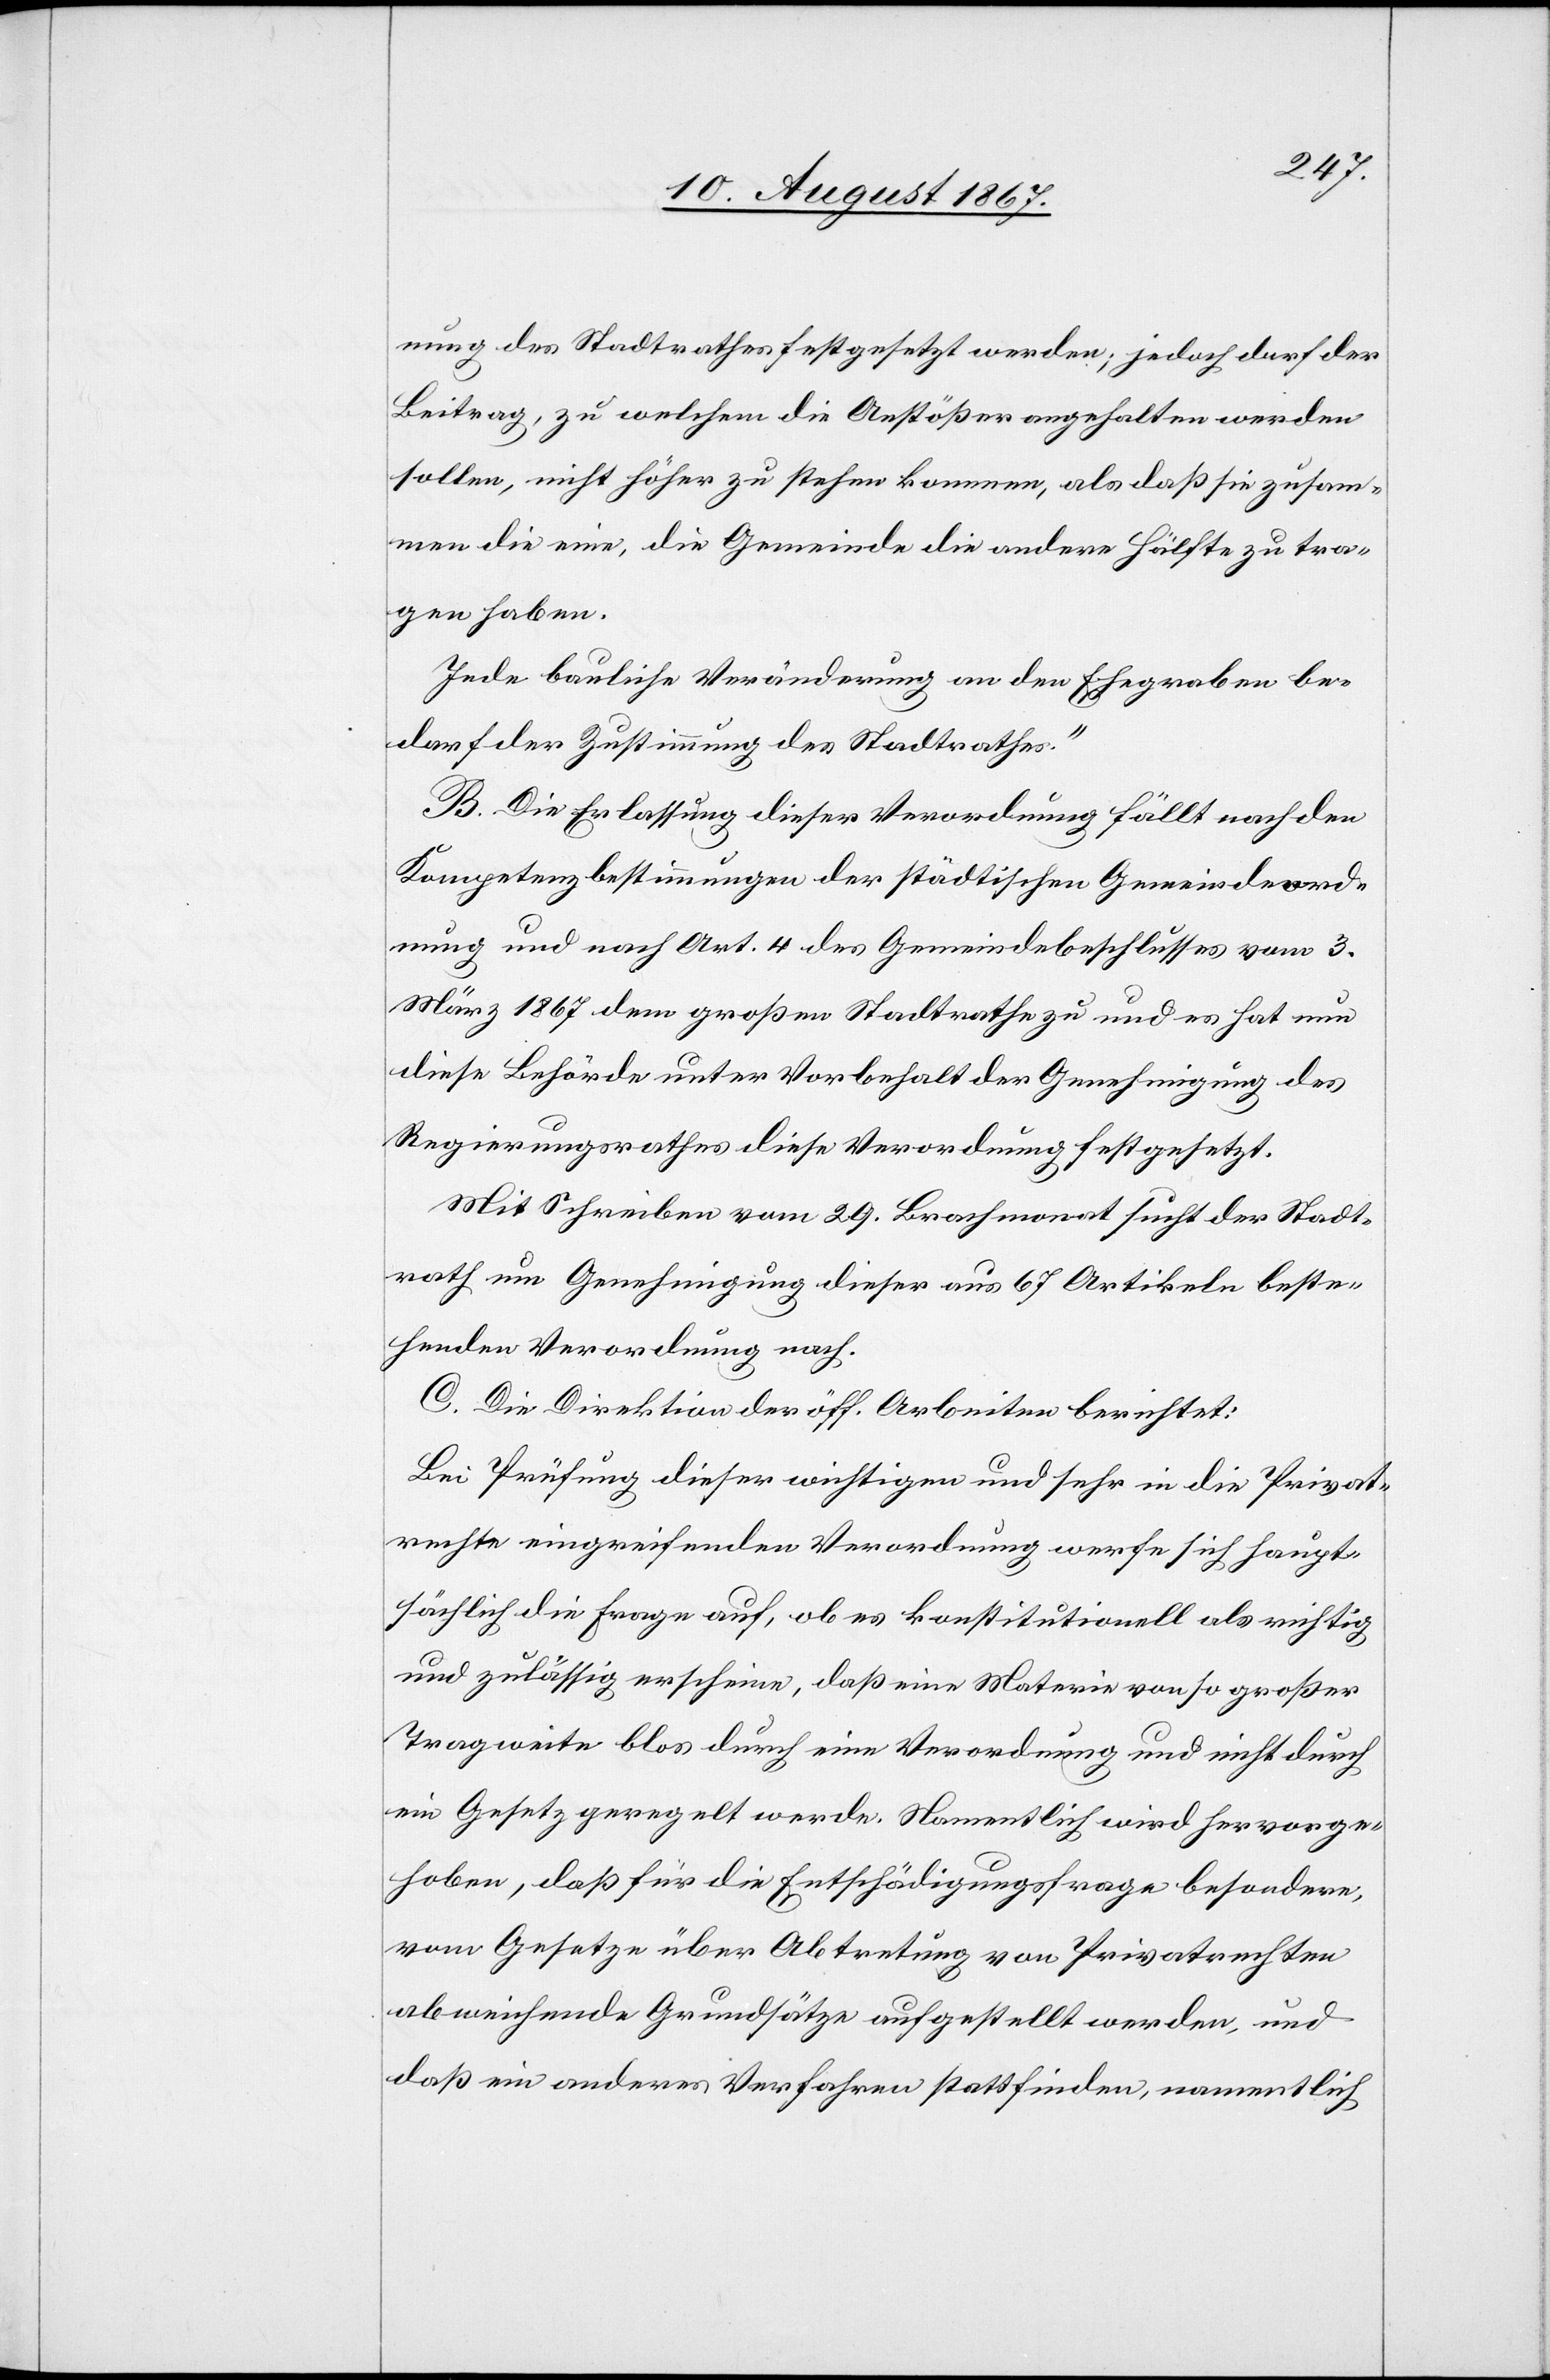
nung des Stadtrathes festgesetzt werden; jedoch darf der
Beitrag, zu welchem die Anstößer angehalten werden
sollen, nicht höher zu stehen kommen, als daß sie zusam¬
men die eine, die Gemeinde die andere Hälfte zu tra¬
gen haben.
Jede bauliche Veränderung an den Ehegraben be¬
darf der Zustimmung des Stadtrathes.“
B. Die Erlassung dieser Verordnung fällt nach den
Kompetenzbestimmungen der städtischen Gemeindeord¬
nung und nach Art. 4 des Gemeindebeschlusses vom 3.
März 1867 dem großen Stadtrathes zu und es hat nun
diese Behörde unter Vorbehalt der Genehmigung des
Regierungsrathes diese Verordnung festgesetzt.
Mit Schreiben vom 29. Brachmonat sucht der Stadt¬
rath um Genehmigung dieser aus 67 Artikeln beste¬
henden Verordnung nach.
C. Die Direktion der öff. Arbeiten berichtet:
Bei Prüfung dieser wichtigen und sehr in die Privat¬
rechte eingreifenden Verordnung werfe sich haupt¬
sächlich die Frage auf, ob es konstitutionell als richtig
und zulässig erscheine, daß eine Materie von so großer
Tragweite blos durch eine Verordnung und nicht durch
ein Gesetz geregelt werde. Namentlich wird hervorge¬
hoben, daß für die Entschädigungsfrage besondere,
vom Gesetze über Abtretung von Privatrechten
abweichende Grundsätze aufgestellt werden, und
daß ein anderes Verfahren stattfinden, namentlich